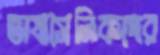
ভাষাসৈনিকদের